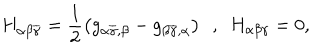
H _ { \alpha \beta \overline { { { \gamma } } } } = \frac { 1 } { 2 } \left( g _ { \alpha \overline { { { \gamma } } } , \beta } - g _ { \beta \overline { { { \gamma } } } , \alpha } \right) \ \ , \ \ H _ { \alpha \beta \gamma } = 0 ,